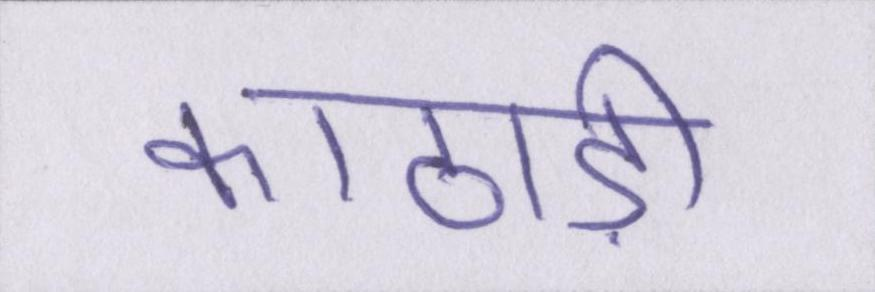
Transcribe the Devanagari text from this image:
काठाड़ी